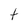
Character: t